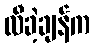
လီခဲ့ချန်က